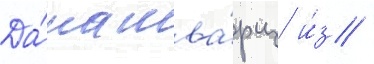
Да́на шва́рц и́з /